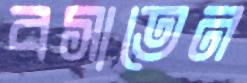
বসাতেন